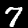
Digit: 7